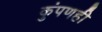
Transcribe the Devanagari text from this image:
कुंपणही